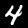
Label: 4